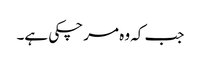
جب کہ وہ مر چکی ہے۔